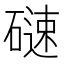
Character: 𮀼